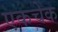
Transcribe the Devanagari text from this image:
एकचेक